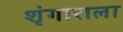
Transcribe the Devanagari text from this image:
शृंगाराला